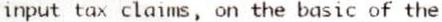
INPUT TAX CLAIMS, ON THE BASIC OF THE